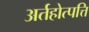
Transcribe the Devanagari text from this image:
अर्तहोत्पत्ति